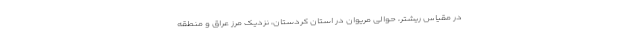
در مقیاس ریشتر، حوالی مریوان در استان کردستان، نزدیک مرز عراق و منطقه